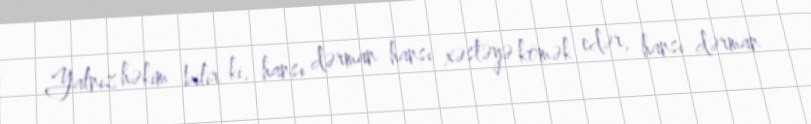
Yalnız həkim bilir ki, hansı dərman hansı xəstəyə kömək edər, hansı dərman